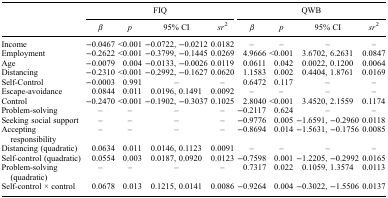
<table><thead><tr><td><b> </b></td><td colspan="4"><b>FIQ</b></td><td colspan="4"><b>QWB</b></td></tr><tr><td><b> </b></td><td><b><i>β</i></b></td><td><b><i>p</i></b></td><td><b>95% CI</b></td><td><b><i>sr</i><sup>2</sup></b></td><td><b><i>β</i></b></td><td><b><i>p</i></b></td><td><b>95% CI</b></td><td><b><i>sr</i><sup>2</sup></b></td></tr></thead><tbody><tr><td>Income</td><td>−0.0467</td><td>&lt;0.001</td><td>−0.0722, −0.0212</td><td>0.0182</td><td>–</td><td>–</td><td>–</td><td>–</td></tr><tr><td>Employment</td><td>−0.2622</td><td>&lt;0.001</td><td>−0.3799, −0.1445</td><td>0.0269</td><td>4.9666</td><td>&lt;0.001</td><td>3.6702, 6.2631</td><td>0.0847</td></tr><tr><td>Age</td><td>−0.0079</td><td>0.004</td><td>−0.0133, −0.0026</td><td>0.0119</td><td>0.0611</td><td>0.042</td><td>0.0022, 0.1200</td><td>0.0064</td></tr><tr><td>Distancing</td><td>−0.2310</td><td>&lt;0.001</td><td>−0.2992, −0.1627</td><td>0.0620</td><td>1.1583</td><td>0.002</td><td>0.4404, 1.8761</td><td>0.0169</td></tr><tr><td>Self-Control</td><td>−0.0003</td><td>0.991</td><td>–</td><td>–</td><td>0.6472</td><td>0.117</td><td>–</td><td>–</td></tr><tr><td>Escape-avoidance</td><td>0.0844</td><td>0.011</td><td>0.0196, 0.1491</td><td>0.0092</td><td>–</td><td>–</td><td>–</td><td>–</td></tr><tr><td>Control</td><td>−0.2470</td><td>&lt;0.001</td><td>−0.1902, −0.3037</td><td>0.1025</td><td>2.8040</td><td>&lt;0.001</td><td>3.4520, 2.1559</td><td>0.1174</td></tr><tr><td>Problem-solving</td><td>–</td><td>–</td><td>–</td><td>–</td><td>−0.2117</td><td>0.624</td><td>–</td><td>–</td></tr><tr><td>Seeking social support</td><td>–</td><td>–</td><td>–</td><td>–</td><td>−0.9776</td><td>0.005</td><td>−1.6591, −0.2960</td><td>0.0118</td></tr><tr><td>Accepting responsibility</td><td>–</td><td>–</td><td>–</td><td>–</td><td>−0.8694</td><td>0.014</td><td>−1.5631, −0.1756</td><td>0.0085</td></tr><tr><td>Distancing (quadratic)</td><td>0.0634</td><td>0.011</td><td>0.0146, 0.1123</td><td>0.0091</td><td>–</td><td>–</td><td>–</td><td>–</td></tr><tr><td>Self-control (quadratic)</td><td>0.0554</td><td>0.003</td><td>0.0187, 0.0920</td><td>0.0123</td><td>−0.7598</td><td>0.001</td><td>−1.2205, −0.2992</td><td>0.0165</td></tr><tr><td>Problem-solving (quadratic)</td><td>–</td><td>–</td><td>–</td><td>–</td><td>0.7317</td><td>0.022</td><td>0.1059, 1.3574</td><td>0.0113</td></tr><tr><td>Self-control × control</td><td>0.0678</td><td>0.013</td><td>0.1215, 0.0141</td><td>0.0086</td><td>−0.9264</td><td>0.004</td><td>−0.3022, −1.5506</td><td>0.0137</td></tr></tbody></table>